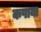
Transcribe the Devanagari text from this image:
कषाया